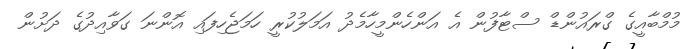
މުމްބާއީގެ ގްރައުންޑް ސްޓާފުން އެ އަންހެންމީހާމެދު އަމަލުކުރީ ހަމަޖެހިފައި އޮންނަ ގަވާއިދުގެ ދަށުން